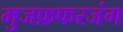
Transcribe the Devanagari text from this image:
मुजफ्रफरजंग